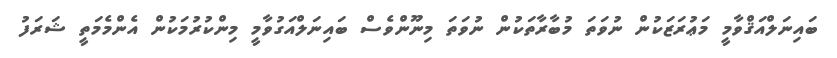
ބައިނަލްއަޤްވާމީ މަޢުރަޒަކުން ނުވަތަ މުބާރާތަކުން ނުވަތަ މިނޫންވެސް ބައިނަލްއަގުވާމީ މިންކުރުމަކުން އެންމެމަތީ ޝަރަފު